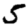
Digit: 5